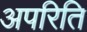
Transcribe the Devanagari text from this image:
अपरिति